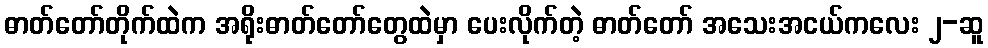
ဓာတ်တော်တိုက်ထဲက အရိုးဓာတ်တော်တွေထဲမှာ ပေးလိုက်တဲ့ ဓာတ်တော် အသေးအငယ်ကလေး ၂-ဆူ